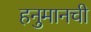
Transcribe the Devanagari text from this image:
हनुमानची